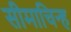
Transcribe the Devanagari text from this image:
सीमाचिन्‍ह